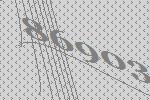
86903